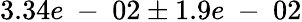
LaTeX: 3.34e\mathrm{~-~}02\pm 1.9e\mathrm{~-~}02